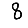
Digit: 8